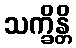
သက္ခိန္တိ